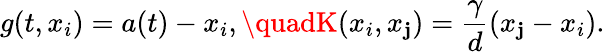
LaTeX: g(t,x_{i})=a(t)-x_{i},\quadK(x_{i},x_{\mathbf{j}})=\frac{{\gamma}}{{d}}(x_{\mathbf{j}}-x_{i}).